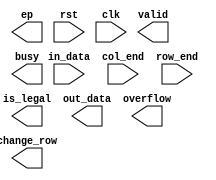
`timescale 1ns/10ps
module MM( in_data, col_end, row_end, ep,is_legal, out_data, rst, clk , change_row,valid,busy,overflow);
input           clk;
input           rst;
input           col_end;
input           row_end;
input      [7:0]     in_data;
output [11:0]   out_data;
output  overflow;
output  [1:0] ep;
output  is_legal;
output  change_row,valid,busy;

endmodule